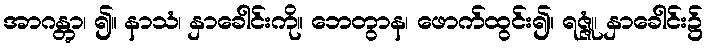
အာဂန္တွာ၊ ၍။ နာသံ၊ နှာခေါင်းကို။ ဘေတွာန၊ ဖောက်ထွင်း၍။ ရဇ္ဇုံ၊ နှာခေါင်း၌